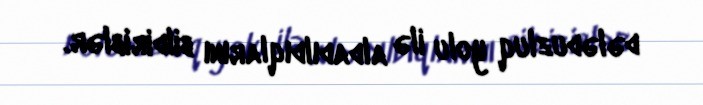
dələduzluq yolu ilə aldadıldıqlarını bildiriblər.